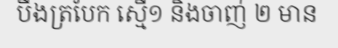
បឹងត្របែក ស្មើ១ និងចាញ់ ២ មាន